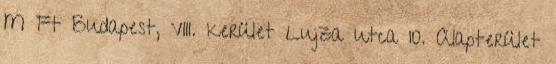
M Ft Budapest, VIII. kerület Lujza utca 10. Alapterület